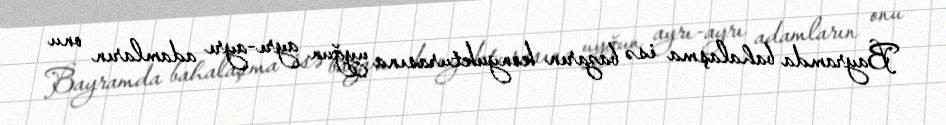
Bayramda bahalaşma isə bazarın konyukturasına uyğun ayrı-ayrı adamların onu